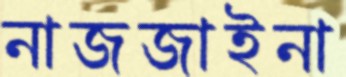
নাজজাইনা